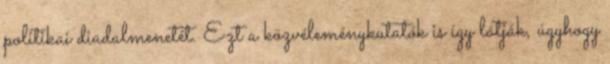
politikai diadalmenetét. Ezt a közvéleménykutatók is így látják, úgyhogy